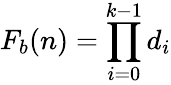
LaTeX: F_{b}(n)=\prod_{i=0}^{k-1}d_{i}